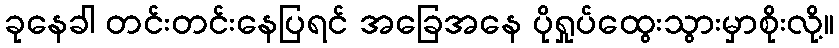
ခုနေခါ တင်းတင်းနေပြရင် အခြေအနေ ပိုရှုပ်ထွေးသွားမှာစိုးလို့။